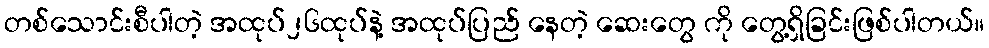
တစ်သောင်းစီပါတဲ့ အထုပ်၂၆ထုပ်နဲ့ အထုပ်ပြည် နေတဲ့ ဆေးတွေ ကို တွေ့ရှိခြင်းဖြစ်ပါတယ်။